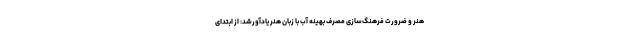
هنر و ضرورت فرهنگ‌سازی مصرف بهینه آب با زبان هنر یادآورشد: از ابتدای